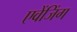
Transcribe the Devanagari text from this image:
एवेंजिंग